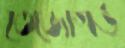
তেজোগর্ভ